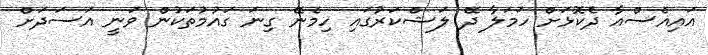
އައިއެސްއާ ދެކޮޅަށް ހަމަލާ ދޭ ލަޝްކަރުގައި ހިމެނޭ ގިނަ ގައުމުތަކުން ވަނީ އަސަދަށް